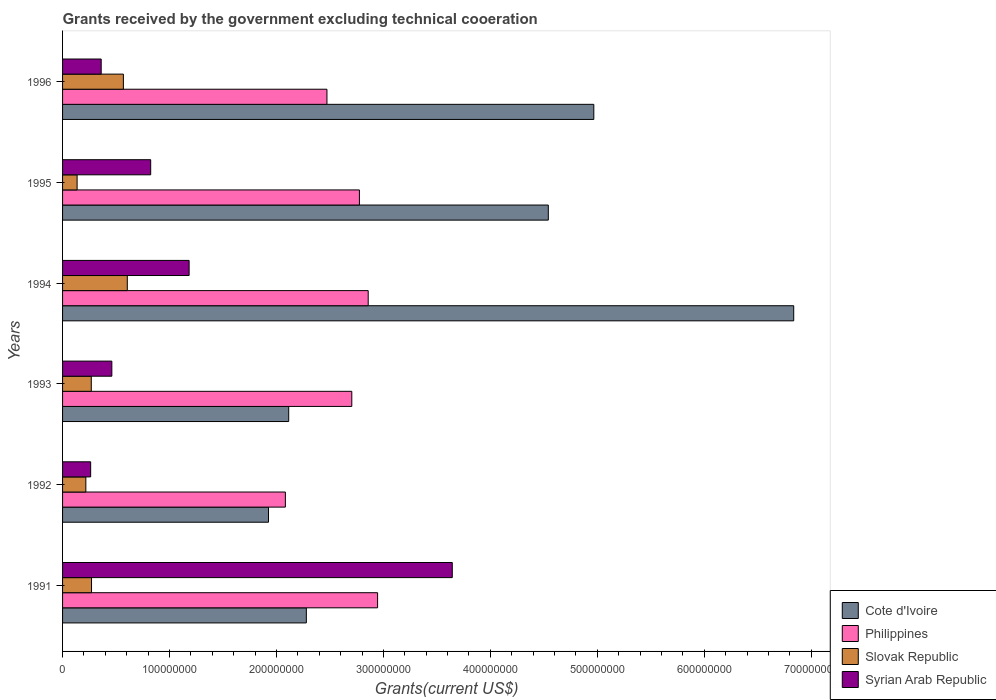
| Years | Cote d'Ivoire | Philippines | Slovak Republic | Syrian Arab Republic |
 | --- | --- | --- | --- | --- |
 | 1991 | 2.28e+08 | 2.95e+08 | 2.71e+07 | 3.64e+08 |
 | 1992 | 1.93e+08 | 2.08e+08 | 2.18e+07 | 2.63e+07 |
 | 1993 | 2.11e+08 | 2.7e+08 | 2.68e+07 | 4.61e+07 |
 | 1994 | 6.84e+08 | 2.86e+08 | 6.05e+07 | 1.18e+08 |
 | 1995 | 4.54e+08 | 2.78e+08 | 1.36e+07 | 8.24e+07 |
 | 1996 | 4.97e+08 | 2.47e+08 | 5.69e+07 | 3.61e+07 |